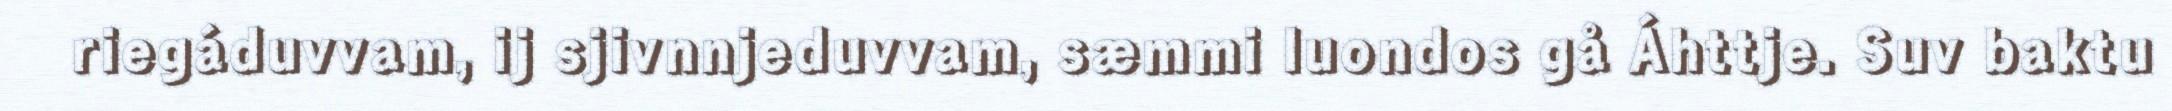
riegáduvvam, ij sjivnnjeduvvam, sæmmi luondos gå Áhttje. Suv baktu